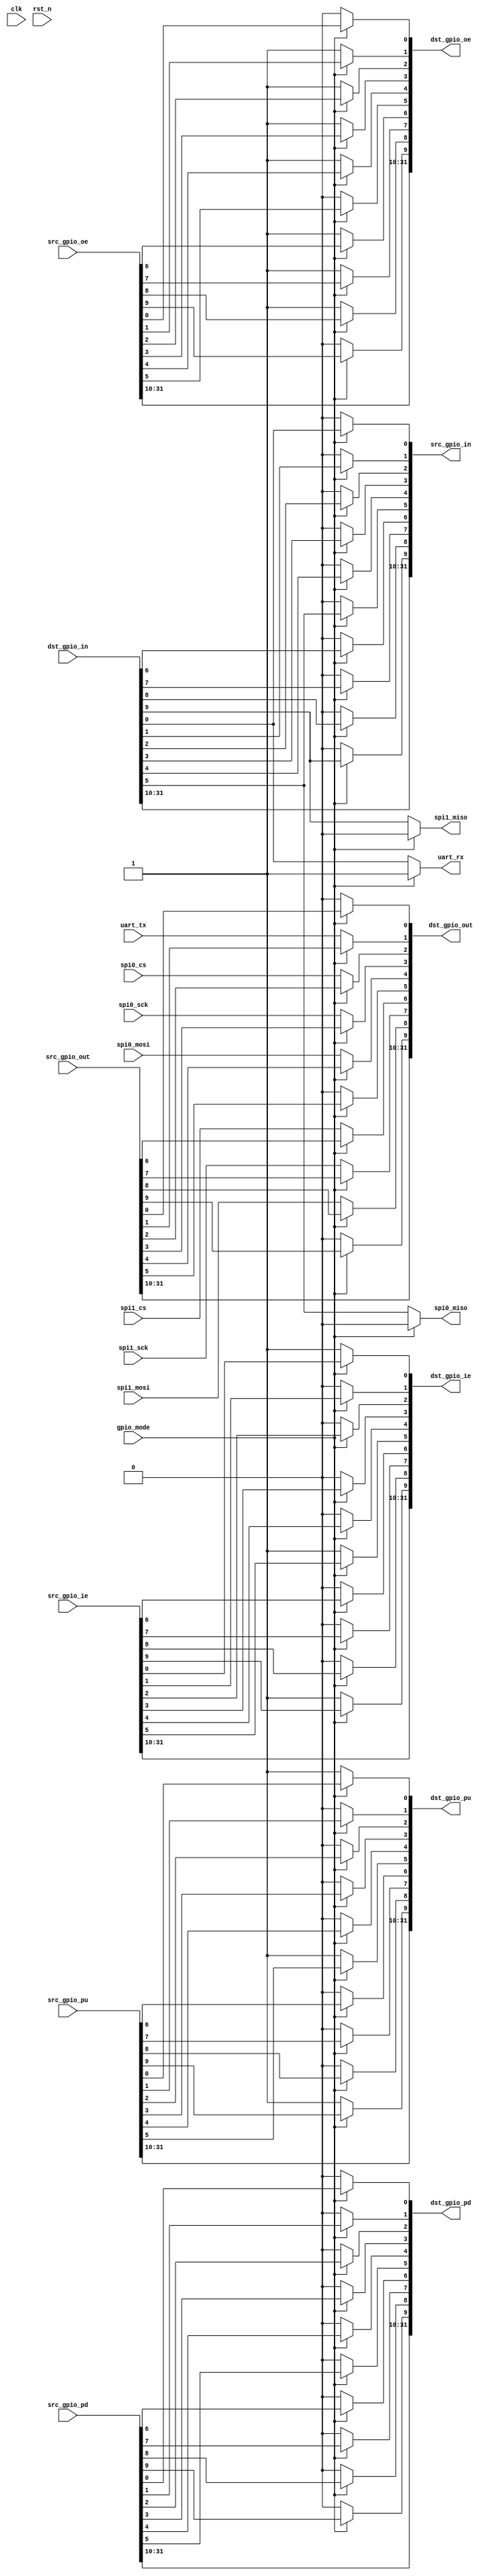
//************************************************************
// See LICENSE for license details.
//
// Module: uv_iomux
//
// Designer: Owen
//
// Description:
//      IO Mux to reuse IO ports for GPIO & other perips.
//************************************************************

`timescale 1ns / 1ps

module uv_iomux
#(
    parameter IO_NUM                = 32,
    parameter MUX_IO_NUM            = 10
)
(
    input                           clk,
    input                           rst_n,

    input                           gpio_mode,

    output                          uart_rx,
    input                           uart_tx,

    input                           spi0_cs,
    input                           spi0_sck,
    input                           spi0_mosi,
    output                          spi0_miso,

    input                           spi1_cs,
    input                           spi1_sck,
    input                           spi1_mosi,
    output                          spi1_miso,

    input  [IO_NUM-1:0]             src_gpio_pu,
    input  [IO_NUM-1:0]             src_gpio_pd,
    input  [IO_NUM-1:0]             src_gpio_ie,
    output [IO_NUM-1:0]             src_gpio_in,
    input  [IO_NUM-1:0]             src_gpio_oe,
    input  [IO_NUM-1:0]             src_gpio_out,

    output [IO_NUM-1:0]             dst_gpio_pu,
    output [IO_NUM-1:0]             dst_gpio_pd,
    output [IO_NUM-1:0]             dst_gpio_ie,
    input  [IO_NUM-1:0]             dst_gpio_in,
    output [IO_NUM-1:0]             dst_gpio_oe,
    output [IO_NUM-1:0]             dst_gpio_out
);

    // Mux for UART.
    assign dst_gpio_pu [0]          = gpio_mode ? src_gpio_pu [0] : 1'b1;   // Pull-up for uart_rx.
    assign dst_gpio_pd [0]          = gpio_mode ? src_gpio_pd [0] : 1'b0;
    assign dst_gpio_ie [0]          = gpio_mode ? src_gpio_ie [0] : 1'b1;   // Input for uart_rx.
    assign dst_gpio_oe [0]          = gpio_mode ? src_gpio_oe [0] : 1'b0;
    assign dst_gpio_out[0]          = gpio_mode ? src_gpio_out[0] : 1'b0;
    assign src_gpio_in [0]          = gpio_mode ? dst_gpio_in [0] : 1'b0;
    assign uart_rx                  = gpio_mode ? 1'b1 : dst_gpio_in[0];

    assign dst_gpio_pu [1]          = gpio_mode ? src_gpio_pu [1] : 1'b0;
    assign dst_gpio_pd [1]          = gpio_mode ? src_gpio_pd [1] : 1'b0;
    assign dst_gpio_ie [1]          = gpio_mode ? src_gpio_ie [1] : 1'b0;
    assign dst_gpio_oe [1]          = gpio_mode ? src_gpio_oe [1] : 1'b1;   // Output for uart_tx.
    assign dst_gpio_out[1]          = gpio_mode ? src_gpio_out[1] : uart_tx;
    assign src_gpio_in [1]          = gpio_mode ? dst_gpio_in [1] : 1'b0;

    // Mux for SPI0.
    assign dst_gpio_pu [2]          = gpio_mode ? src_gpio_pu [2] : 1'b0;
    assign dst_gpio_pd [2]          = gpio_mode ? src_gpio_pd [2] : 1'b0;
    assign dst_gpio_ie [2]          = gpio_mode ? src_gpio_ie [2] : 1'b0;
    assign dst_gpio_oe [2]          = gpio_mode ? src_gpio_oe [2] : 1'b1;   // Output for spi0_cs.
    assign dst_gpio_out[2]          = gpio_mode ? src_gpio_out[2] : spi0_cs;
    assign src_gpio_in [2]          = gpio_mode ? dst_gpio_in [2] : 1'b0;

    assign dst_gpio_pu [3]          = gpio_mode ? src_gpio_pu [3] : 1'b0;
    assign dst_gpio_pd [3]          = gpio_mode ? src_gpio_pd [3] : 1'b0;
    assign dst_gpio_ie [3]          = gpio_mode ? src_gpio_ie [3] : 1'b0;
    assign dst_gpio_oe [3]          = gpio_mode ? src_gpio_oe [3] : 1'b1;   // Output for spi0_sck.
    assign dst_gpio_out[3]          = gpio_mode ? src_gpio_out[3] : spi0_sck;
    assign src_gpio_in [3]          = gpio_mode ? dst_gpio_in [3] : 1'b0;

    assign dst_gpio_pu [4]          = gpio_mode ? src_gpio_pu [4] : 1'b0;
    assign dst_gpio_pd [4]          = gpio_mode ? src_gpio_pd [4] : 1'b0;
    assign dst_gpio_ie [4]          = gpio_mode ? src_gpio_ie [4] : 1'b0;
    assign dst_gpio_oe [4]          = gpio_mode ? src_gpio_oe [4] : 1'b1;   // Output for spi0_mosi.
    assign dst_gpio_out[4]          = gpio_mode ? src_gpio_out[4] : spi0_mosi;
    assign src_gpio_in [4]          = gpio_mode ? dst_gpio_in [4] : 1'b0;

    assign dst_gpio_pu [5]          = gpio_mode ? src_gpio_pu [5] : 1'b1;
    assign dst_gpio_pd [5]          = gpio_mode ? src_gpio_pd [5] : 1'b0;
    assign dst_gpio_ie [5]          = gpio_mode ? src_gpio_ie [5] : 1'b1;   // Input for spi0_miso.
    assign dst_gpio_oe [5]          = gpio_mode ? src_gpio_oe [5] : 1'b0;
    assign dst_gpio_out[5]          = gpio_mode ? src_gpio_out[5] : 1'b0;
    assign src_gpio_in [5]          = gpio_mode ? dst_gpio_in [5] : 1'b0;
    assign spi0_miso                = gpio_mode ? 1'b0 : dst_gpio_in [5];

    // Mux for SPI1.
    assign dst_gpio_pu [6]          = gpio_mode ? src_gpio_pu [6] : 1'b0;
    assign dst_gpio_pd [6]          = gpio_mode ? src_gpio_pd [6] : 1'b0;
    assign dst_gpio_ie [6]          = gpio_mode ? src_gpio_ie [6] : 1'b0;
    assign dst_gpio_oe [6]          = gpio_mode ? src_gpio_oe [6] : 1'b1;   // Output for spi1_cs.
    assign dst_gpio_out[6]          = gpio_mode ? src_gpio_out[6] : spi1_cs;
    assign src_gpio_in [6]          = gpio_mode ? dst_gpio_in [6] : 1'b0;

    assign dst_gpio_pu [7]          = gpio_mode ? src_gpio_pu [7] : 1'b0;
    assign dst_gpio_pd [7]          = gpio_mode ? src_gpio_pd [7] : 1'b0;
    assign dst_gpio_ie [7]          = gpio_mode ? src_gpio_ie [7] : 1'b0;
    assign dst_gpio_oe [7]          = gpio_mode ? src_gpio_oe [7] : 1'b1;   // Output for spi1_sck.
    assign dst_gpio_out[7]          = gpio_mode ? src_gpio_out[7] : spi1_sck;
    assign src_gpio_in [7]          = gpio_mode ? dst_gpio_in [7] : 1'b0;

    assign dst_gpio_pu [8]          = gpio_mode ? src_gpio_pu [8] : 1'b0;
    assign dst_gpio_pd [8]          = gpio_mode ? src_gpio_pd [8] : 1'b0;
    assign dst_gpio_ie [8]          = gpio_mode ? src_gpio_ie [8] : 1'b0;
    assign dst_gpio_oe [8]          = gpio_mode ? src_gpio_oe [8] : 1'b1;   // Output for spi1_mosi.
    assign dst_gpio_out[8]          = gpio_mode ? src_gpio_out[8] : spi1_mosi;
    assign src_gpio_in [8]          = gpio_mode ? dst_gpio_in [8] : 1'b0;

    assign dst_gpio_pu [9]          = gpio_mode ? src_gpio_pu [9] : 1'b1;
    assign dst_gpio_pd [9]          = gpio_mode ? src_gpio_pd [9] : 1'b0;
    assign dst_gpio_ie [9]          = gpio_mode ? src_gpio_ie [9] : 1'b1;   // Input for spi1_miso.
    assign dst_gpio_oe [9]          = gpio_mode ? src_gpio_oe [9] : 1'b0;
    assign dst_gpio_out[9]          = gpio_mode ? src_gpio_out[9] : 1'b0;
    assign src_gpio_in [9]          = gpio_mode ? dst_gpio_in [9] : 1'b0;
    assign spi1_miso                = gpio_mode ? 1'b0 : dst_gpio_in [9];

    // Pass through other GPIOs.
    generate
        if (IO_NUM > MUX_IO_NUM) begin: gen_other_gpio
            assign dst_gpio_pu [IO_NUM-1:MUX_IO_NUM] = src_gpio_pu [IO_NUM-1:MUX_IO_NUM];
            assign dst_gpio_pd [IO_NUM-1:MUX_IO_NUM] = src_gpio_pd [IO_NUM-1:MUX_IO_NUM];
            assign dst_gpio_ie [IO_NUM-1:MUX_IO_NUM] = src_gpio_ie [IO_NUM-1:MUX_IO_NUM];
            assign dst_gpio_oe [IO_NUM-1:MUX_IO_NUM] = src_gpio_oe [IO_NUM-1:MUX_IO_NUM];
            assign dst_gpio_out[IO_NUM-1:MUX_IO_NUM] = src_gpio_out[IO_NUM-1:MUX_IO_NUM];
            assign src_gpio_in [IO_NUM-1:MUX_IO_NUM] = dst_gpio_in [IO_NUM-1:MUX_IO_NUM];
        end
    endgenerate

endmodule